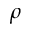
\rho